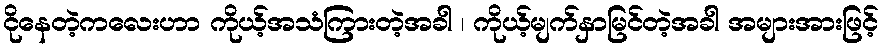
ငိုနေတဲ့ကလေးဟာ ကိုယ့်အသံကြားတဲ့အခါ ၊ ကိုယ့်မျက်နှာမြင်တဲ့အခါ အများအားဖြင့်